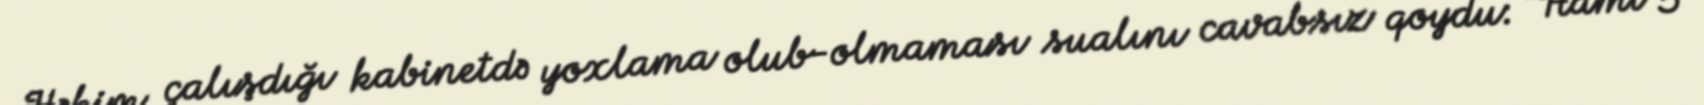
Həkim çalışdığı kabinetdə yoxlama olub-olmaması sualını cavabsız qoydu: “Hamı 5